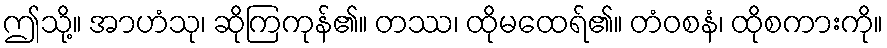
ဤသို့။ အာဟံသု၊ ဆိုကြကုန်၏။ တဿ၊ ထိုမထေရ်၏။ တံဝစနံ၊ ထိုစကားကို။